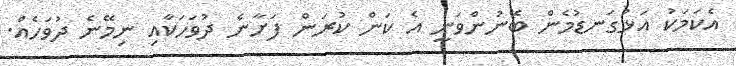
އެކަމަކު އަޅުގަނޑުމެން ބޭނުންވަނީ އެ ކަން ކުރަން ފަށާނެ ދުވަހަކާއި ނިމޭނެ ދުވަހެއް.